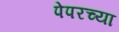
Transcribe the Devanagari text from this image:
पेपरच्या